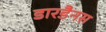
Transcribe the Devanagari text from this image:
डारडैनस